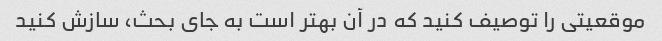
موقعیتی را توصیف کنید که در آن بهتر است به جای بحث، سازش کنید